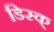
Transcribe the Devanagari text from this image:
डिस्क्